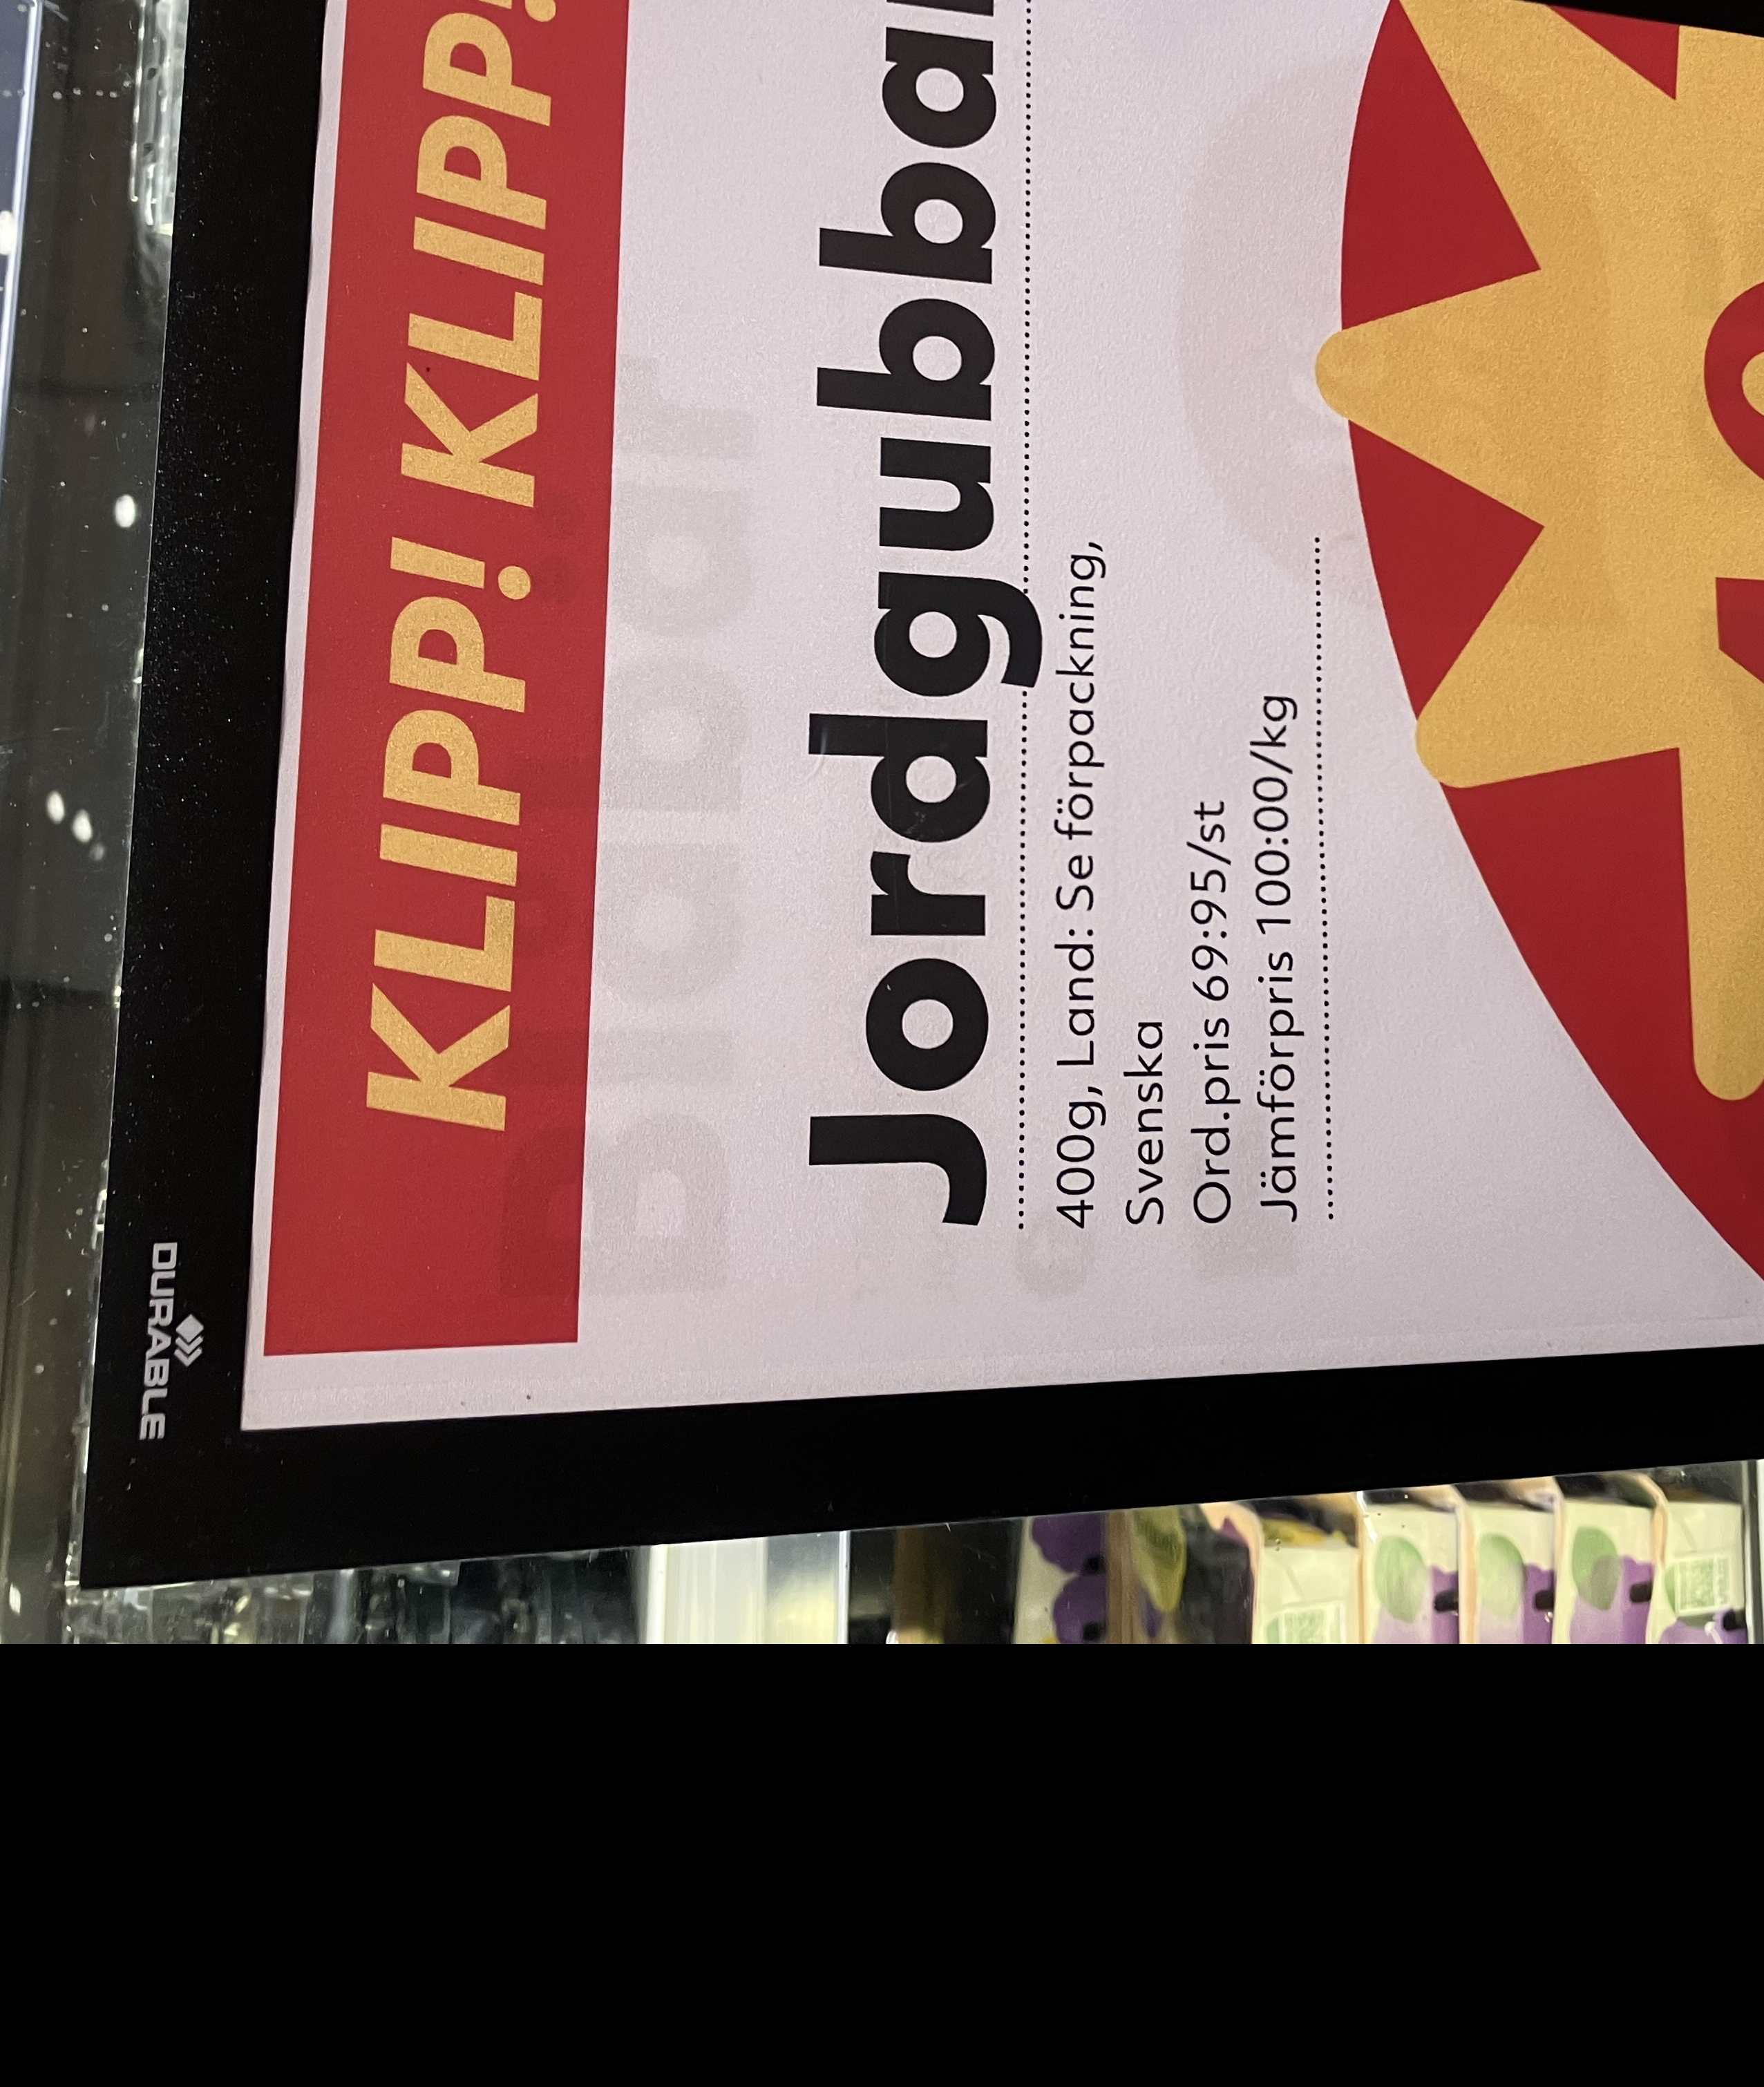
Vara: Jordgubbar
Genomsnittspris: 100 per kg